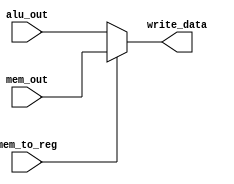
`timescale 1ns / 1ps

module wb_stage( input         mem_to_reg,
                 input  [31:0] mem_out, alu_out,
                 output [31:0] write_data );

     assign write_data = mem_to_reg ? mem_out : alu_out;
      
endmodule